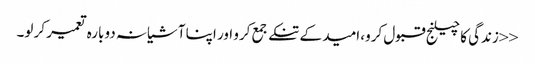
<<زندگی کا چیلنج قبول کرو، امید کے تنکے جمع کرو اور اپنا آشیانہ دوبارہ تعمیر کر لو۔